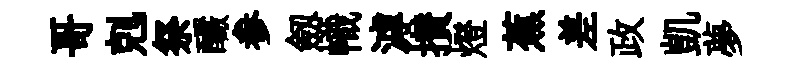
哥剋祭釅参劔幟滹攅燈蕉差政凱夢